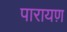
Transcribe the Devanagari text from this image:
पारायण़